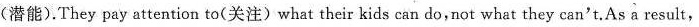
(潜能).They pay attention to(关注)what their kids can do,not what they can't.As a result,